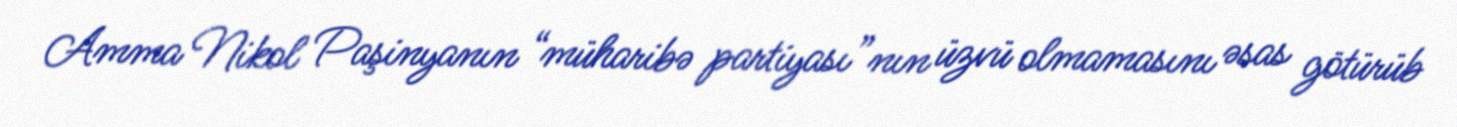
Amma Nikol Paşinyanın “müharibə partiyası”nın üzvü olmamasını əsas götürüb